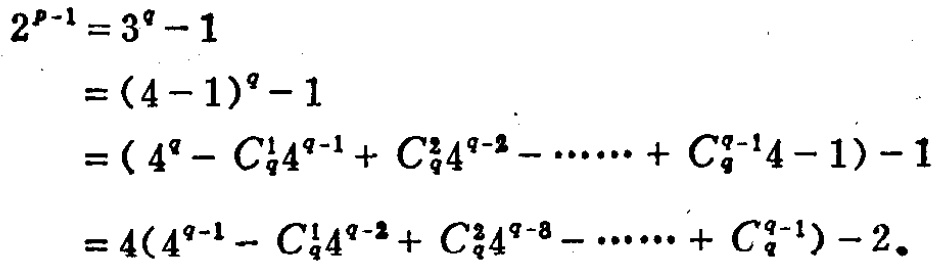
\[
\begin{align*}
2^{p - 1}&=3^{q}-1\\
&=(4 - 1)^{q}-1\\
&=(4^{q}-C_{q}^{1}4^{q - 1}+C_{q}^{2}4^{q - 2}-\cdots +C_{q}^{q - 1}4-1)-1\\
&=4(4^{q - 1}-C_{q}^{1}4^{q - 2}+C_{q}^{2}4^{q - 3}-\cdots +C_{q}^{q - 1})-2
\end{align*}
\]